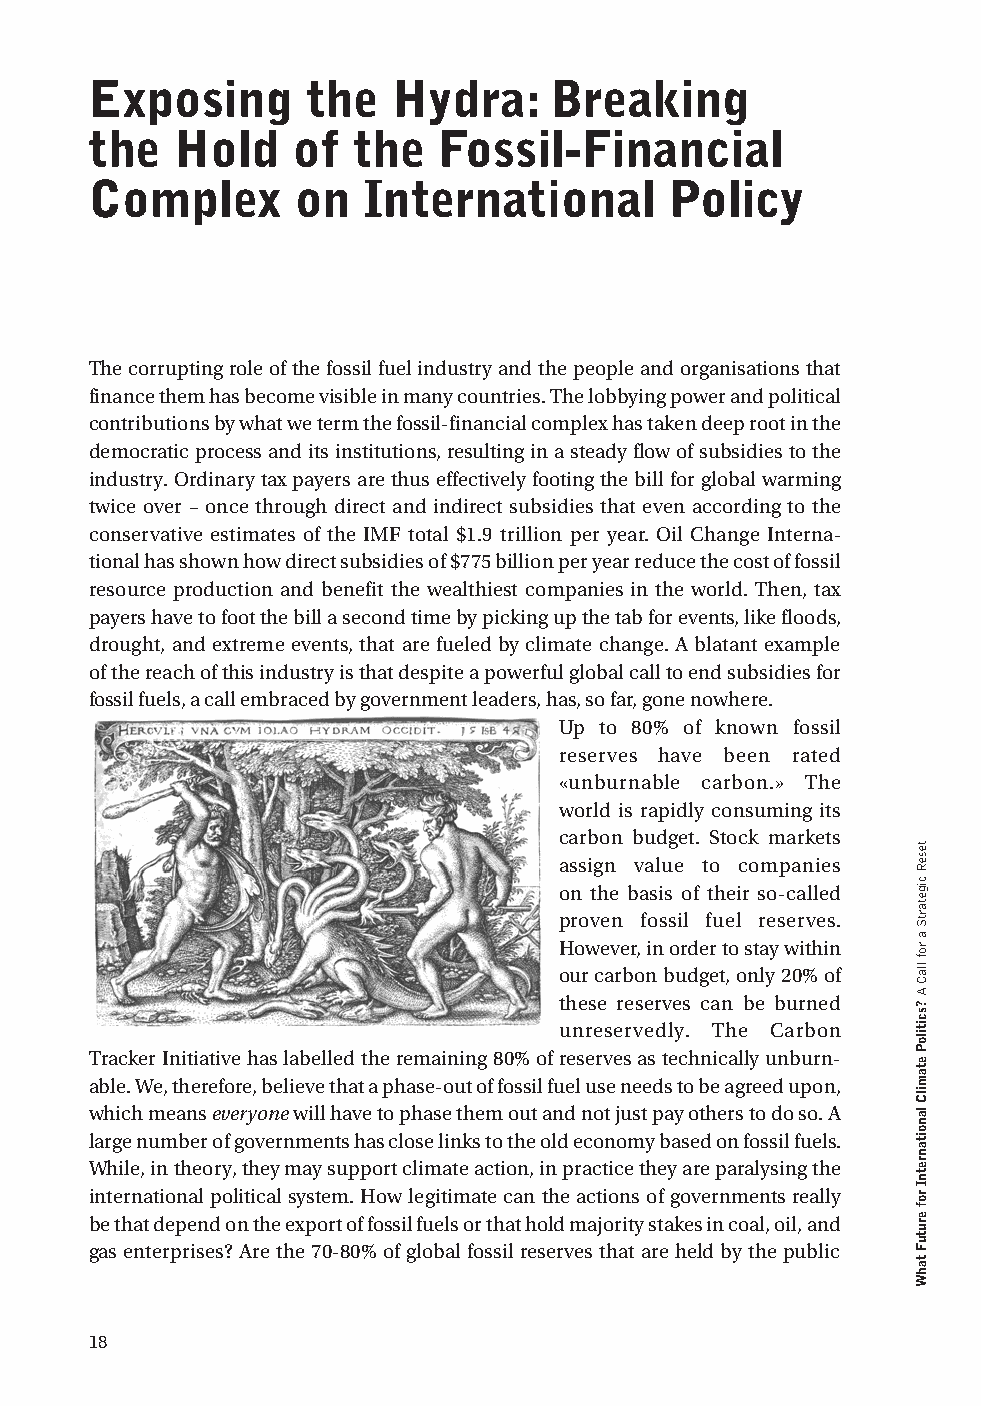
exposing      the   hydra:    breaking
 the   hold   of  the   Fossil-Financial
 Complex       on  International       Policy
 The corrupting role of the fossil fuel industry and the people and organisations that
 finance them has become visible in many countries. The lobbying power and political
 contributions by what we term the fossil-financial complex has taken deep root in the
 democratic process and its institutions, resulting in a steady flow of subsidies to the
 industry. Ordinary tax payers are thus effectively footing the bill for global warming
 twice over – once through direct and indirect subsidies that even according to the
 conservative estimates of the IMF total $1.9 trillion per year. Oil Change Interna-
 tional has shown how direct subsidies of $775 billion per year reduce the cost of fossil
 resource production and benefit the wealthiest companies in the world. Then, tax
 payers have to foot the bill a second time by picking up the tab for events, like floods,
 drought, and extreme events, that are fueled by climate change. A blatant example
 of the reach of this industry is that despite a powerful global call to end subsidies for
 fossil fuels, a call embraced by government leaders, has, so far, gone nowhere.
 Up to 80% of known fossil
 reserves have been rated
 «unburnable carbon.» The
 world is rapidly consuming its
 carbon budget. Stock markets
 assign value to companies
 on the basis of their so-called
 proven fossil fuel reserves.
 However, in order to stay within
 our carbon budget, only 20% of
 these reserves can be burned
 unreservedly. The Carbon
 Tracker Initiative has labelled the remaining 80% of reserves as technically unburn-
 able. We, therefore, believe that a phase-out of fossil fuel use needs to be agreed upon,
 which means everyone will have to phase them out and not just pay others to do so. A
 large number of governments has close links to the old economy based on fossil fuels.
 While, in theory, they may support climate action, in practice they are paralysing the
 international political system. How legitimate can the actions of governments really
 be that depend on the export of fossil fuels or that hold majority stakes in coal, oil, and
 gas enterprises? Are the 70-80% of global fossil reserves that are held by the public
 18
 teseR
 cigetartS
 a
 rof
 llaC
 A
 ?scitiloP
 etamilC
 lanoitanretnI
 rof
 erutuF
 tahW